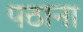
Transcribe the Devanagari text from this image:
पठाना